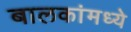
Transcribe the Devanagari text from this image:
बालकांमध्ये